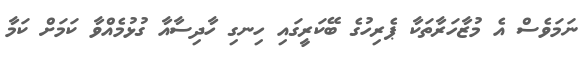
ނަމަވެސް އެ މުޒާހަރާތަކާ ޕެރިހުގެ ބޭކަރީގައި ހިނގި ހާދިސާއާ ގުޅުމެއްވާ ކަމަށް ކަމާ